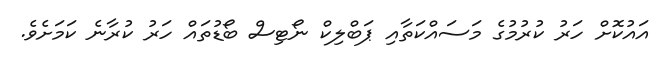
އައުކޮށް ހަރު ކުރުމުގެ މަސައްކަތާއި ޕަބްލިކް ނޯޓިސް ބޯޑުތައް ހަރު ކުރާނެ ކަމަށެވެ.